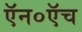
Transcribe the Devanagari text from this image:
ऍन०ऍच